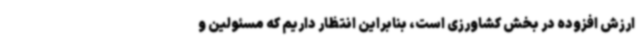
ارزش افزوده در بخش کشاورزی است، بنابراین انتظار داریم که مسئولین و